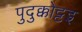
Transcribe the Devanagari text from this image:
पुदुक्कोट्टइ